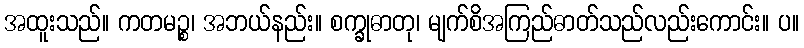
အထူးသည်။ ကတမဉ္စ၊ အဘယ်နည်း။ စက္ခုဓာတု၊ မျက်စိအကြည်ဓာတ်သည်လည်းကောင်း။ ပ။